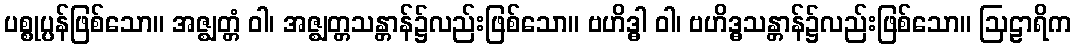
ပစ္စုပ္ပန်ဖြစ်သော။ အဇ္ဈတ္တံ ဝါ၊ အဇ္ဈတ္တသန္တာန်၌လည်းဖြစ်သော။ ဗဟိဒ္ဓါ ဝါ၊ ဗဟိဒ္ဓသန္တာန်၌လည်းဖြစ်သော။ ဩဠာရိက